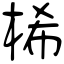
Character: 桸